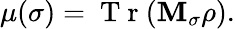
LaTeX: \mu(\sigma)=\mathrm{~T~r~}(\mathbf{M}_{\sigma}\rho).